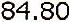
84.80